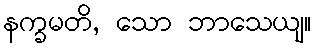
နက္ခမတိ, သော ဘာသေယျ။